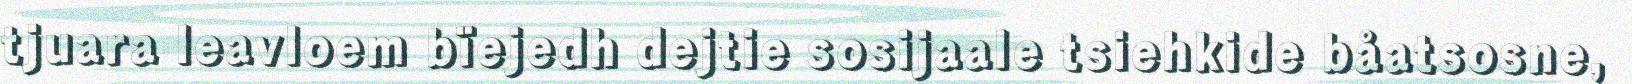
tjuara leavloem bïejedh dejtie sosijaale tsiehkide båatsosne,